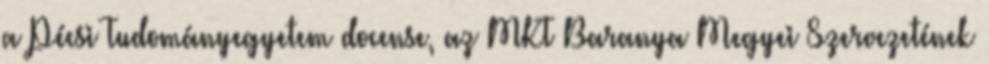
a Pécsi Tudományegyetem docense, az MKT Baranya Megyei Szervezetének